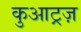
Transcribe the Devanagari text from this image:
कुआट्रज़